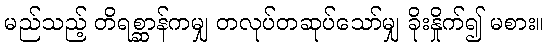
မည်သည့် တိရစ္ဆာန်ကမျှ တလုပ်တဆုပ်သော်မျှ ခိုးနှိုက်၍ မစား။